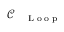
\mathcal { C } _ { \mathrm { ~ \tiny ~ \textnormal ~ { ~ L ~ o ~ o ~ p ~ } ~ } }